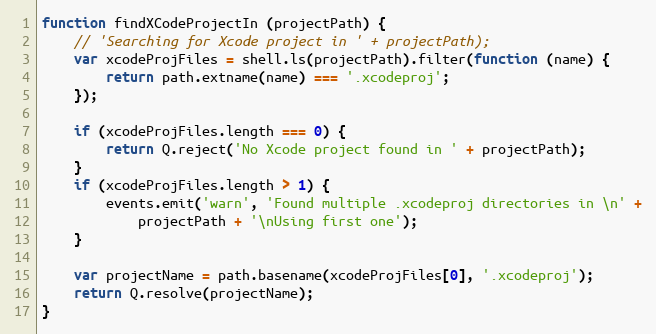
Language: JavaScript
function findXCodeProjectIn (projectPath) {
    // 'Searching for Xcode project in ' + projectPath);
    var xcodeProjFiles = shell.ls(projectPath).filter(function (name) {
        return path.extname(name) === '.xcodeproj';
    });

    if (xcodeProjFiles.length === 0) {
        return Q.reject('No Xcode project found in ' + projectPath);
    }
    if (xcodeProjFiles.length > 1) {
        events.emit('warn', 'Found multiple .xcodeproj directories in \n' +
            projectPath + '\nUsing first one');
    }

    var projectName = path.basename(xcodeProjFiles[0], '.xcodeproj');
    return Q.resolve(projectName);
}